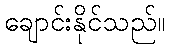
ချောင်းနိုင်သည်။